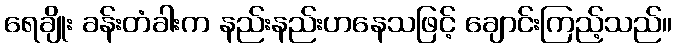
ရေချိုး ခန်းတံခါးက နည်းနည်းဟနေသဖြင့် ချောင်းကြည့်သည်။